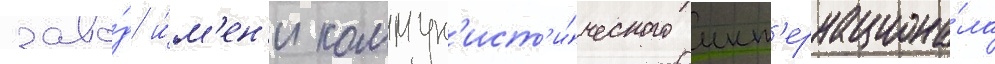
заво́д и́м'ен'и коммун'ист'и́ческого инт'ернациона́ла